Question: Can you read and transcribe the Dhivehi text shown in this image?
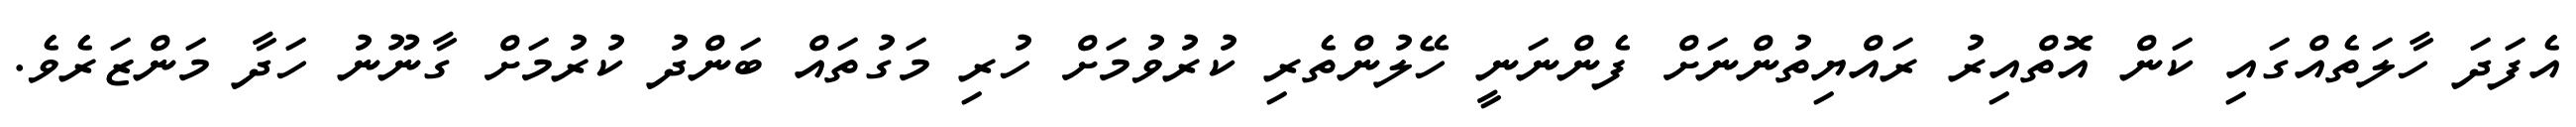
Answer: އެފަދަ ހާލަތެއްގައި ކަން އޮތްއިރު ރައްޔިތުންނަށް ފެންނަނީ ހޭލުންތެރި ކުރުވުމަށް ހުރި މަގުތައް ބަންދު ކުރުމަށް ގާނޫނު ހަދާ މަންޒަރެވެ.